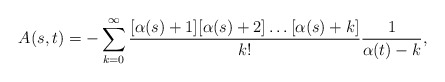
\begin{align*}A(s,t) = - \sum _{k=0}^{\infty} \frac{[\alpha (s) + 1][\alpha (s) + 2]\ldots [\alpha (s) + k]}{k!}\frac{1}{\alpha (t) - k},\end{align*}